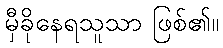
မှီခိုနေရသူသာ ဖြစ်၏။